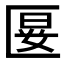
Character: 𭅝